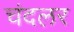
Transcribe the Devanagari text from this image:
चंदलर